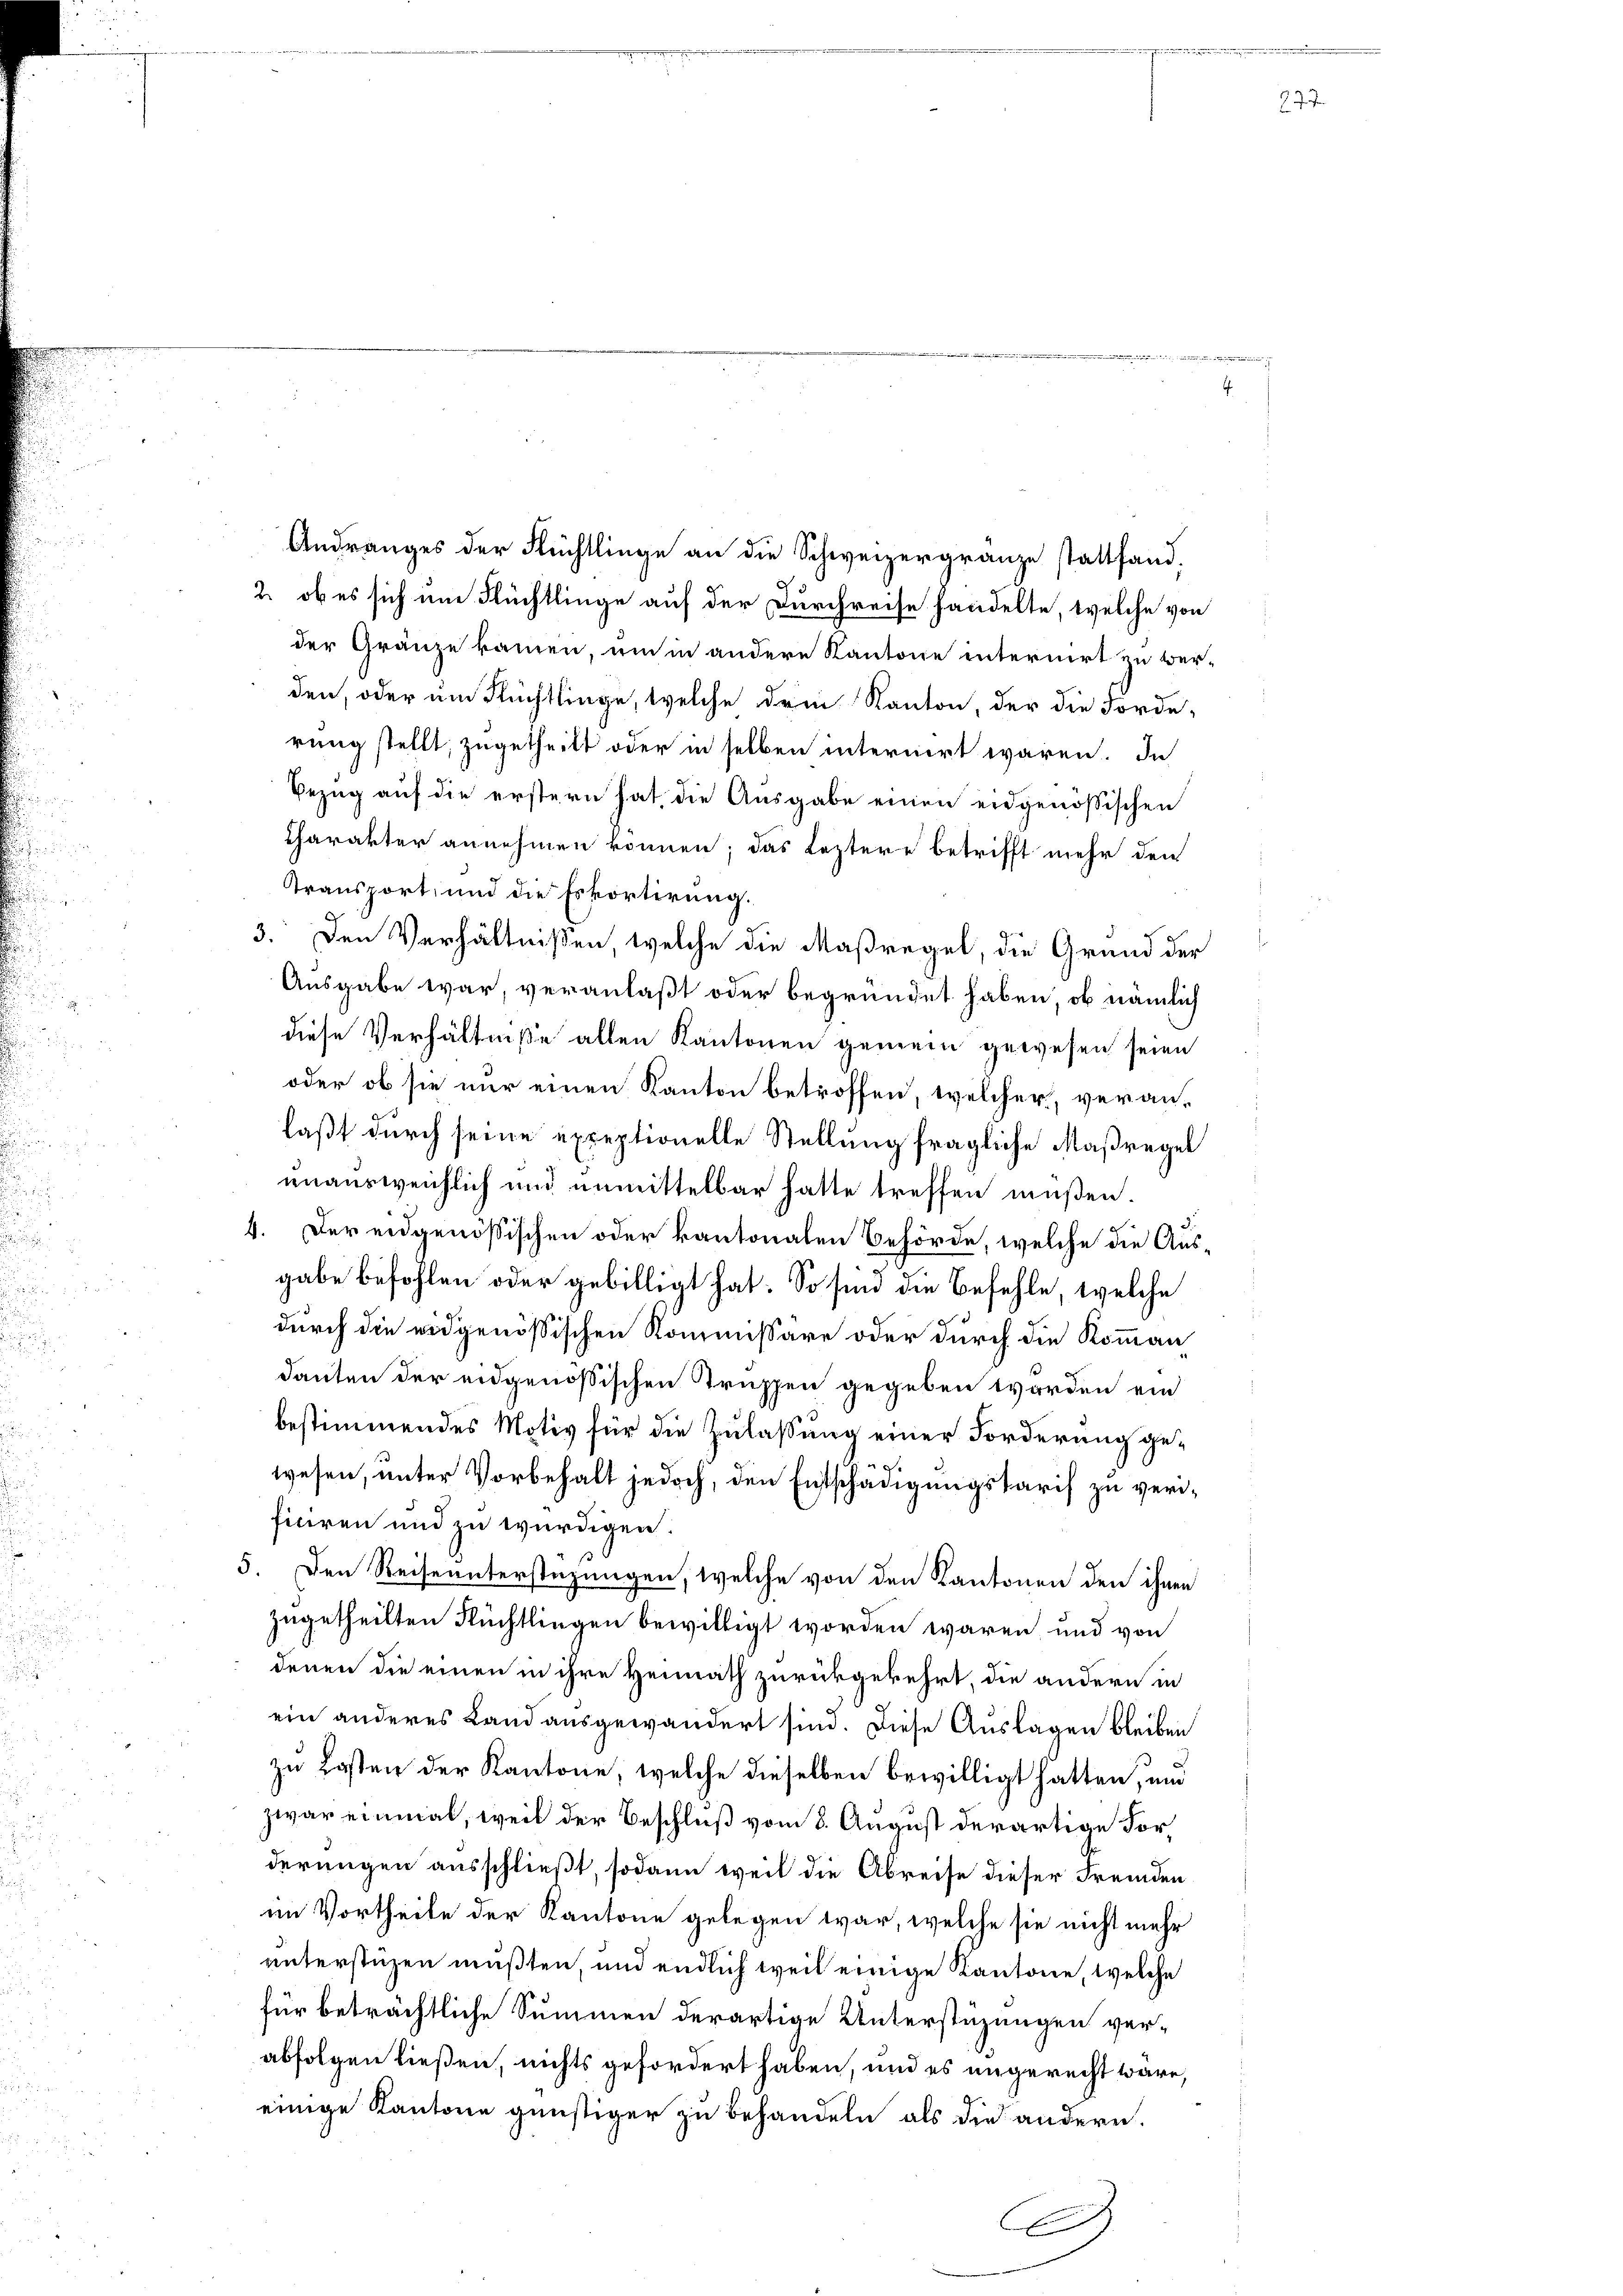
Andranges der Flüchtlinge an die Schweizergränze stattfand,
2. ob es sich um Flüchtlinge auf der Durchreise handelte, welche von
der Gränze kamen, um in andere Kantone internirt zu ver-
den, oder um Flüchtlinge, welche dein Kanton, der die Forde-
rung stellt, zugetheilt oder in selben internirt wären. In
Bezug auf die erstern hat, die Ausgabe einen eidgenössischen
Charakter annehmen können; das Leztere betrifft mehr den
Transport, und die Eskortirung.
3. Den Verhältnissen, welche die Maßregel, die Grund der
Ausgabe war, veranlaßt oder begründet haben, ob nämlich
diese Verhältniße allen Kantonen gemein gewesen seien
oder ob sie nur einen Kanton betroffen, welcher, veranlaßt durch seine exceptionelle Stellung fragliche Maßregel
unausweichlich und unmittelbar hatte treffen müßen.
4. Der eidgenößischen oder kantonalen Behörde, welche die Aus-
gabe befohlen oder gebilligt hat. So sind die Befehle, welche
durch die eidgenössischen Kommissäre oder durch die Komman
danten der eidgenössischen Truppen gegeben worden ein
bestimmendes Motiv für die Zulassung einer Forderung gewesen, unter Vorbehalt jedoch, den Entschädigungstarif zu verifitiren und zu würdigen.
5. Den Reiseunterstüzungen, welche von den Kantonen den ihnen
zugetheilten Flüchtlingen bewilligt worden wären, und von
denen die einen in ihre Heimath zurückgekehrt, die andern in
ein anderes Land ausgewandert sind. Diese Auslagen bleiben
zu Kosten der Kantone, welche dieselben bewilligt hatten, und
zwar einmal, weil der Beschluß vom 8. August derartige Forderungen ausschließt, sodann weil die Abreise dieser Fremden
im Vortheile der Kantone gelegen war, welche sie nicht mehr
unterstüzen mußten, und endlich weil einige Kantone, welche
für beträchtliche Summen derartige Unterstüzungen verabfolgen ließen, nichts gefordert haben, und es angerecht wäre,
einige Kantone günstiger zu behandeln, als die andern.